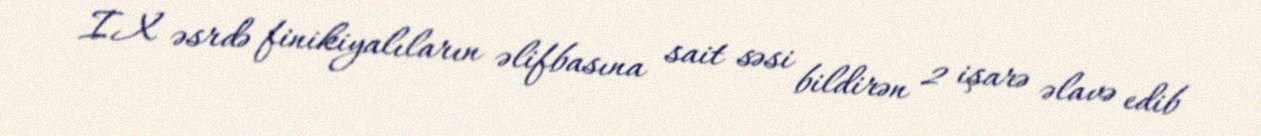
IX əsrdə finikiyalıların əlifbasına sait səsi bildirən 2 işarə əlavə edib